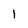
Character: 1